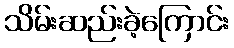
သိမ်းဆည်းခဲ့ကြောင်း